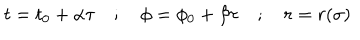
t = t _ { 0 } + \alpha \tau \quad ; \quad \phi = \phi _ { 0 } + \beta \tau \quad ; \quad r = r ( \sigma )